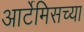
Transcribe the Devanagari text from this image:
आर्टेमिसच्या